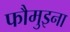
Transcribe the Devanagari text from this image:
फौमुइना